Treatise on elephants
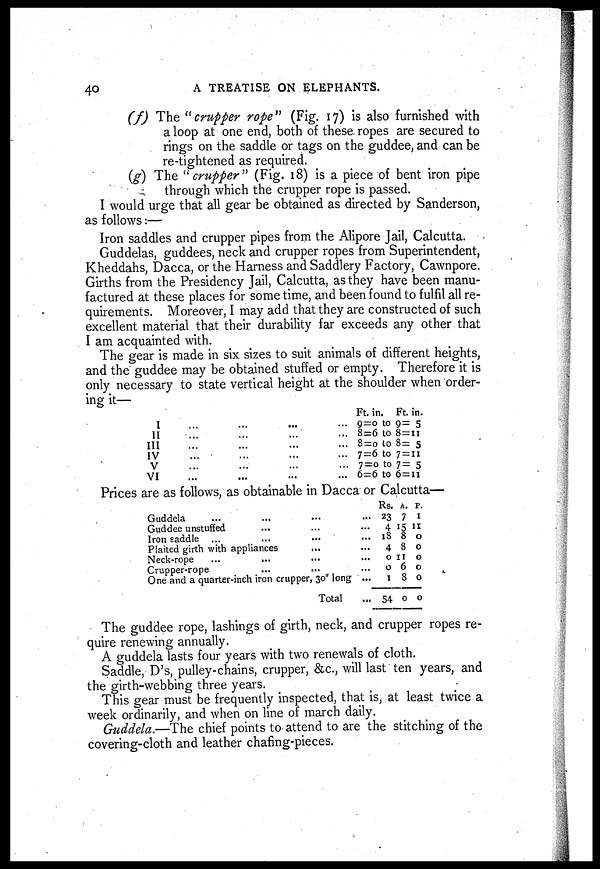
40
A TREATISE ON ELEPHANTS.
(f) The "crupper rope" (Fig. 17) is also furnished with
a loop at one end, both of these ropes are secured to
rings on the saddle or tags on the guddee, and can be
re-tightened as required.
(g) The "crupper" (Fig. 18) is a piece of bent iron pipe
through which the crupper rope is passed.
I would urge that all gear be obtained as directed by Sanderson,
as follows:—
Iron saddles and crupper pipes from the Alipore Jail, Calcutta.
Guddelas, guddees, neck and crupper ropes from Superintendent,
Kheddahs, Dacca, or the Harness and Saddlery Factory, Cawnpore.
Girths from the Presidency Jail, Calcutta, as they have been manu-
factured at these places for some time, and been found to fulfil all re-
quirements. Moreover, I may add that they are constructed of such
excellent material that their durability far exceeds any other that
I am acquainted with.
The gear is made in six sizes to suit animals of different heights,
and the guddee may be obtained stuffed or empty. Therefore it is
only necessary to state vertical height at the shoulder when order-
ing it—
I
II
III
IV
V
VI
...
...
...
...
...
...
...
...
...
...
...
...
...
...
...
...
...
...
...
...
...
...
...
...
Ft. in. Ft. in.
9=0 to 9= 5
8=6 to 8 = 11
8=0 to 8= 5
7=6 to 7 = 11
7=0 to 7 = 5
6=6 to 6=11
Prices are as follows, as obtainable in Dacca or Calcutta—
Guddela ... ... ... ...
Guddee unstuffed ... ... ...
Iron saddle ... ... ... ...
Plaited girth with appliances ... ...
Neck-rope ... ... ... ...
Crupper-rope ... ... ...
One and a quarter-inch iron crupper, 30" long ...
Total ...
Rs.
23
4
18
4
0
0
1
54
A .
7
15
8
8
11
6
8
0
P.
1
11
0
0
0
0
0
0
The guddee rope, lashings of girth, neck, and crupper ropes re-
quire renewing annually.
A guddela lasts four years with two renewals of cloth.
Saddle, D's, pulley-chains, crupper, &c., will last ten years, and
the girth-webbing three years.
This gear must be frequently inspected, that is, at least twice a
week ordinarily, and when on line of march daily.
Guddela.—The chief points to attend to are the stitching of the
covering-cloth and leather chafing-pieces.